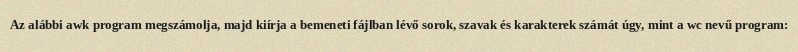
Az alábbi awk program megszámolja, majd kiírja a bemeneti fájlban lévő sorok, szavak és karakterek számát úgy, mint a wc nevű program: